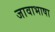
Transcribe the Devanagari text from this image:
जावाभाषा